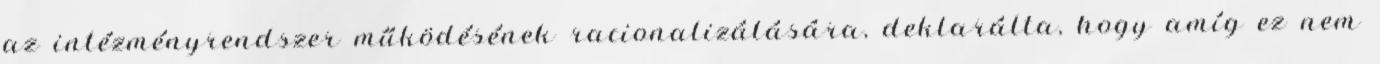
az intézményrendszer működésének racionalizálására, deklarálta, hogy amíg ez nem